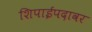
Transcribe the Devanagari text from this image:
शिपाईपदावर